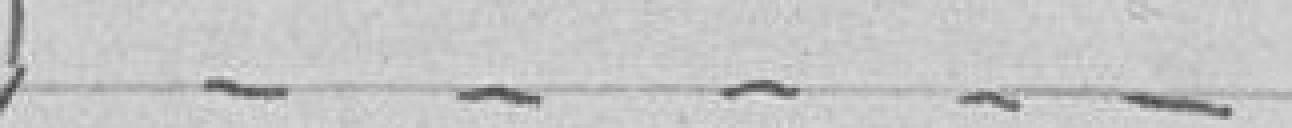
.....